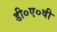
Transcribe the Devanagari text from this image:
डी०ए०वी